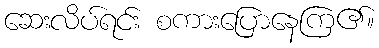
ဆေးလိပ်ရင်း စကားပြောနေကြ၏။